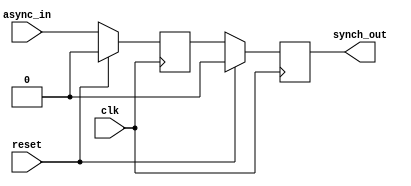
`timescale 1ns / 1ps
//////////////////////////////////////////////////////////////////////////////////
// Company: 
// Engineer: 
// 
// Design Name: 
// Module Name:    Synchronizer 
// Project Name: 
// Target Devices: 
// Tool versions: 
// Description: 
//
// Dependencies: 
//
// Revision: 
// Revision 0.01 - File Created
// Additional Comments: 
//
//////////////////////////////////////////////////////////////////////////////////
module Synchronizer(clk, async_in, reset, synch_out);

input clk;
input async_in;
input reset;

output reg synch_out;

reg meta;

always @(posedge clk)

	if (reset) begin

		meta <= 1'b0;

		synch_out <= 1'b0;
	end

	else begin

		meta <= async_in;

		synch_out <= meta;
	end

endmodule